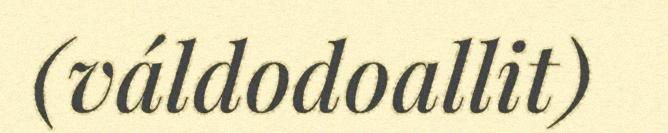
(váldodoallit)